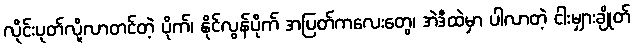
လိုင်းပုတ်လို့လာတင်တဲ့ ပိုက်၊ နိုင်လွန်ပိုက် အပြတ်ကလေးတွေ၊ အဲဒီထဲမှာ ပါလာတဲ့ ငါးမျှားချိုတ်